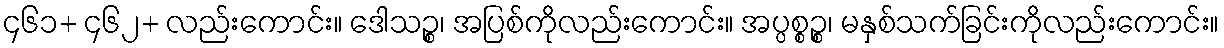
၄၆၁+ ၄၆၂+ လည်းကောင်း။ ဒေါသဉ္စ၊ အပြစ်ကိုလည်းကောင်း။ အပ္ပစ္စဉ္စ၊ မနှစ်သက်ခြင်းကိုလည်းကောင်း။